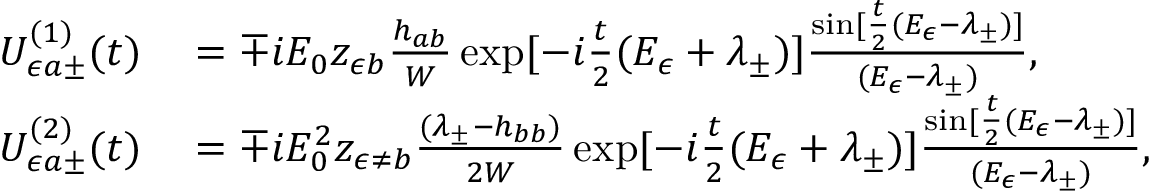
\begin{array} { r l } { U _ { \epsilon a \pm } ^ { ( 1 ) } ( t ) } & { { } = \mp i { \cal E } _ { 0 } z _ { \epsilon b } \frac { h _ { a b } } { W } \exp [ - i \frac { t } { 2 } ( E _ { \epsilon } + \lambda _ { \pm } ) ] \frac { \sin [ \frac { t } { 2 } ( E _ { \epsilon } - \lambda _ { \pm } ) ] } { ( E _ { \epsilon } - \lambda _ { \pm } ) } , } \\ { U _ { \epsilon a \pm } ^ { ( 2 ) } ( t ) } & { { } = \mp i { \cal E } _ { 0 } ^ { 2 } z _ { \epsilon \neq b } \frac { ( \lambda _ { \pm } - h _ { b b } ) } { 2 W } \exp [ - i \frac { t } { 2 } ( E _ { \epsilon } + \lambda _ { \pm } ) ] \frac { \sin [ \frac { t } { 2 } ( E _ { \epsilon } - \lambda _ { \pm } ) ] } { ( E _ { \epsilon } - \lambda _ { \pm } ) } , } \end{array}